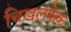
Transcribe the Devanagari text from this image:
चिखलफेक